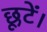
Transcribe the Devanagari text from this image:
छूटें।